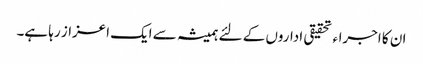
ان کا اجراء تحقیقی اداروں کے لئے ہمیشہ سے ایک اعزاز رہا ہے۔